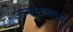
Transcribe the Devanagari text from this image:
उन्मादजन्य